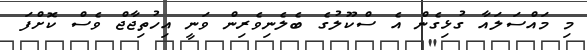
މި މައްސަލައާ ގުޅިގެން އެ ސްކޫލުގެ ބެލެނިވެރިން ވަނީ އިހުތިޖާޖް ވެސް ކޮށްފަ